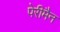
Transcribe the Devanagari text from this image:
पेरीमैन